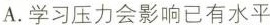
A.学习压力会影响已有水平